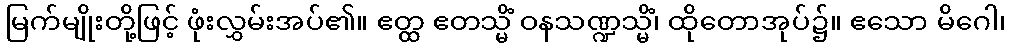
မြက်မျိုးတို့ဖြင့် ဖုံးလွှမ်းအပ်၏။ ဧတ္ထ ဧတသ္မိံ ဝနသဏ္ဍသ္မိံ၊ ထိုတောအုပ်၌။ ဧသော မိဂေါ၊